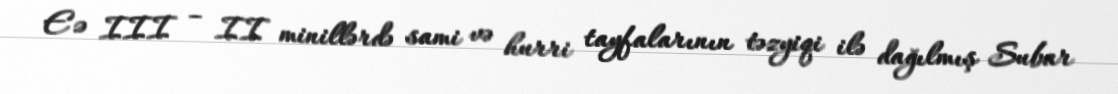
E.ə III – II minillərdə sami və hurri tayfalarının təzyiqi ilə dağılmış Subar